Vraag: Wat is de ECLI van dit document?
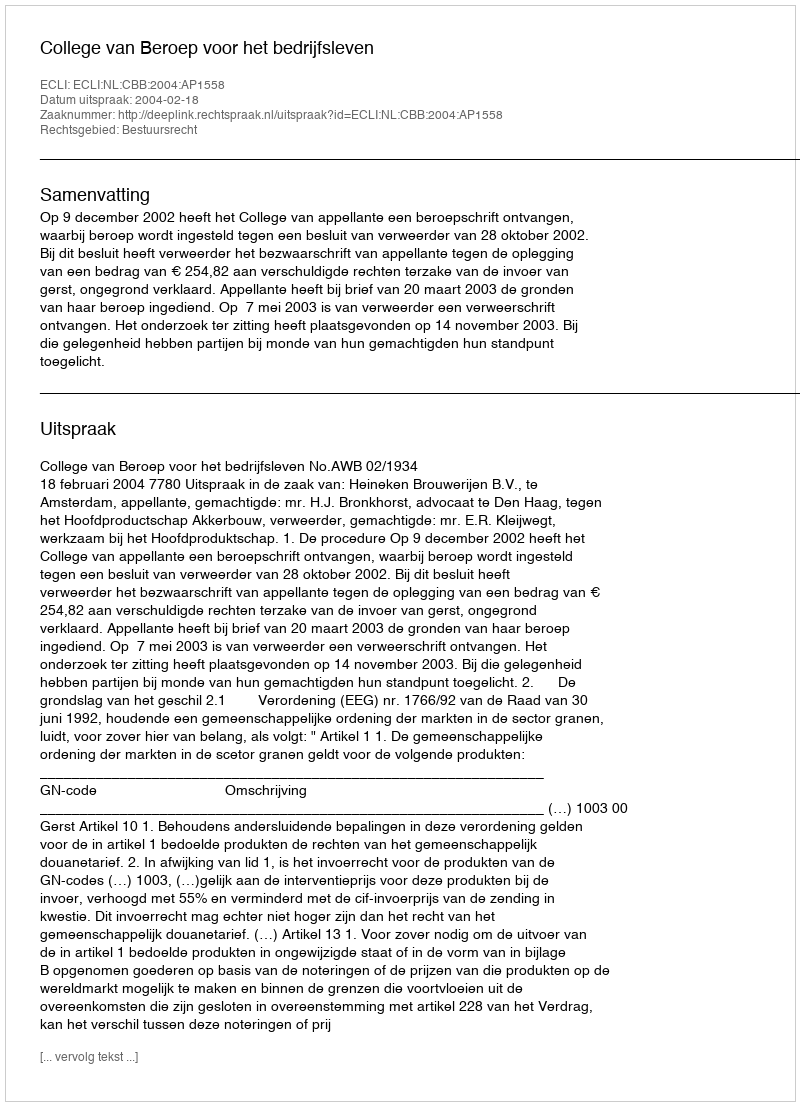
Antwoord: ECLI:NL:CBB:2004:AP1558